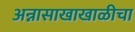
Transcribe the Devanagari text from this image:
अन्नासाखाखाळीचा